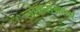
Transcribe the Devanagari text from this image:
लोकसंग्रहार्थ